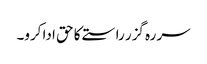
سر رہ گزر راستے کا حق ادا کرو۔